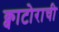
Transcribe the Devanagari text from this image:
क्वाटोराची